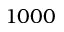
1 0 0 0